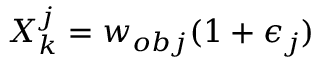
X _ { k } ^ { j } = w _ { o b j } ( 1 + \epsilon _ { j } )